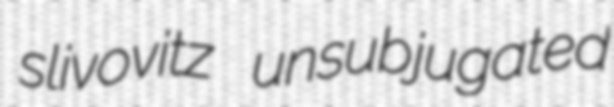
slivovitz unsubjugated